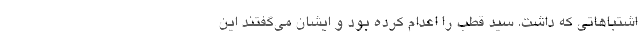
اشتباهاتی که داشت. سید قطب را اعدام کرده بود و ‌ایشان می‌گفتند این